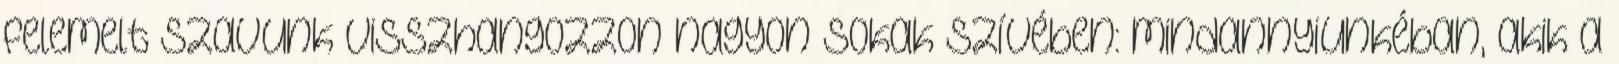
felemelt szavunk visszhangozzon nagyon sokak szívében: mindannyiunkéban, akik a